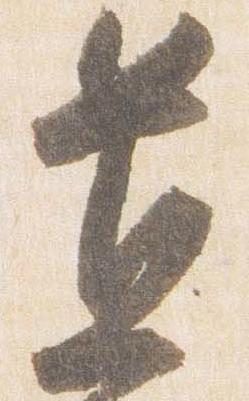
置